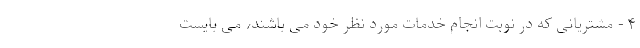
۴ - مشتریانی که در نوبت انجام خدمات مورد نظر خود می باشند، می بایست